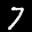
Label: 7